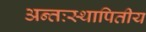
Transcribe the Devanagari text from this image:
अन्तःस्थापितीय